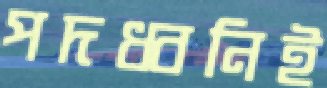
পদধ্বনিই